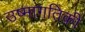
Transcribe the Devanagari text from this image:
उष्‍मागतिकी